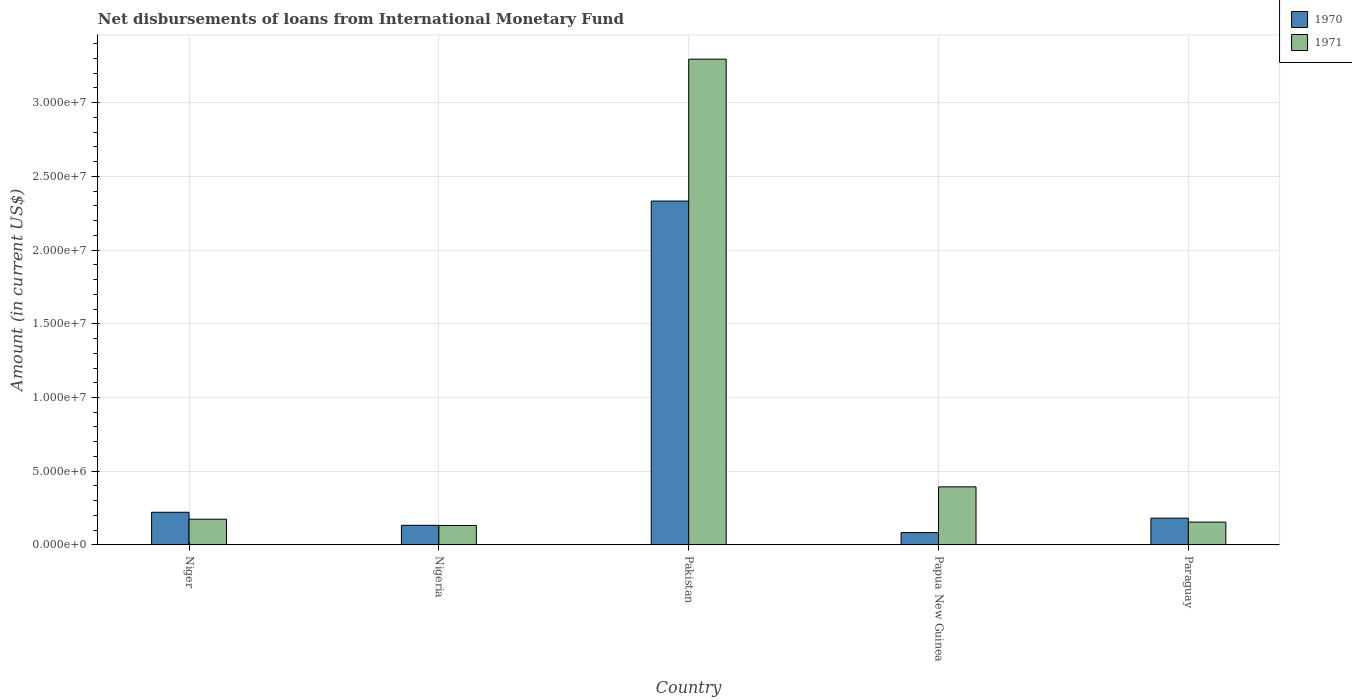
| Country | 1970 | 1971 |
 | --- | --- | --- |
 | Niger | 2.22e+06 | 1.75e+06 |
 | Nigeria | 1.33e+06 | 1.32e+06 |
 | Pakistan | 2.33e+07 | 3.3e+07 |
 | Papua New Guinea | 8.37e+05 | 3.94e+06 |
 | Paraguay | 1.82e+06 | 1.55e+06 |